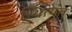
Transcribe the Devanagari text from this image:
स्थित्यंत